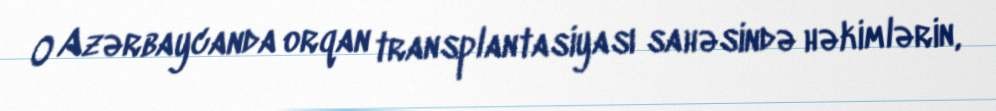
O Azərbaycanda orqan transplantasiyası sahəsində həkimlərin,